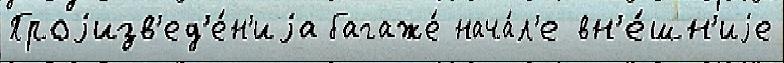
Проjизв'ед'е́н'иjа багаже́ нача́л'е вн'е́шн'иjе